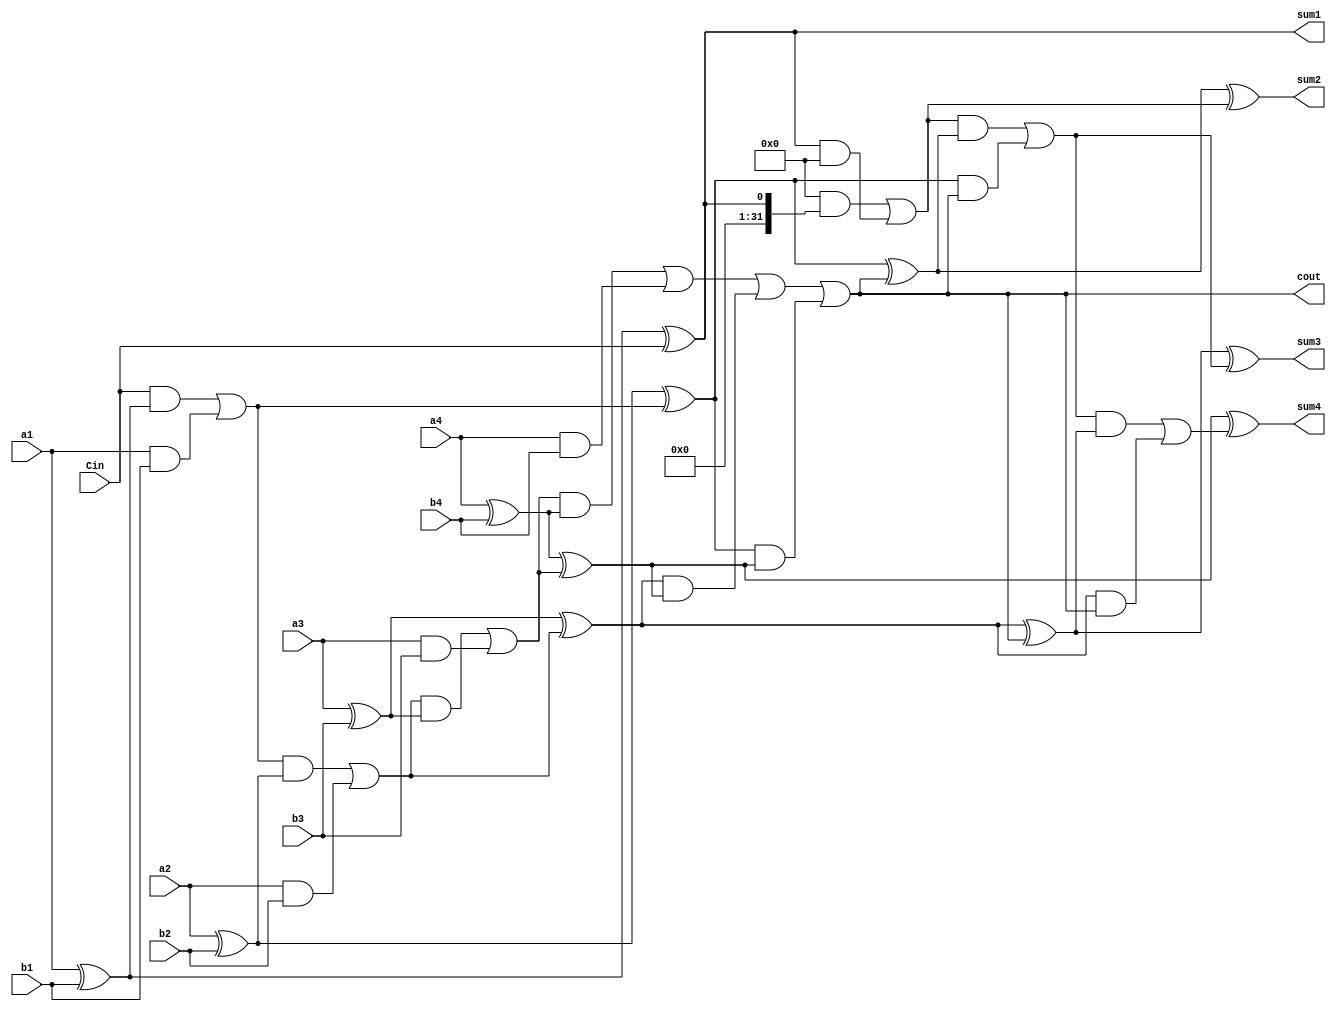
module BCD_adder(
    input Cin,
    
    input a1,
    input a2,
    input a3,
    input a4,
    
    input b1,
    input b2,
    input b3,
    input b4,
    
    output sum1,
    output sum2,
    output sum3,
    output sum4,
    
    output cout
    );

wire s1,s2,s3,s4;
wire c1,c2,c3,c4;
wire C1,C2,C3,C4;

assign s1 = (a1^b1)^Cin;
assign c1 = (Cin && (a1^b1)) || (a1 && b1);

assign s2 = (a2^b2)^c1;
assign c2 = (c1 && (a2^b2)) || (a2 && b2);

assign s3 = (a3^b3)^c2;
assign c3 = (c2 && (a3^b3)) || (a3 && b3);

assign s4 = (a4^b4)^c3;
assign c4 = (c3 && (a4^b4)) || (a4 && b4);

assign cout = (c4 || (s3 && s4) || (s2 && s4));

assign sum1 = s1;
assign C1 = (0 && (s1^0)) || (s1 && 0);

assign sum2 = (s2^cout)^C1;
assign C2 = (C1 && (s2^cout)) || (s2 && cout);

assign sum3 = (s3^cout)^C2;
assign C3 = (C2 && (s3^cout)) || (s3 && cout);

assign sum4 = (s4^0)^C3;
assign C4 = (C3 && (s4^0)) || (s4 && 0);

endmodule